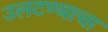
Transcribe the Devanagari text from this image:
उलटण्याचा